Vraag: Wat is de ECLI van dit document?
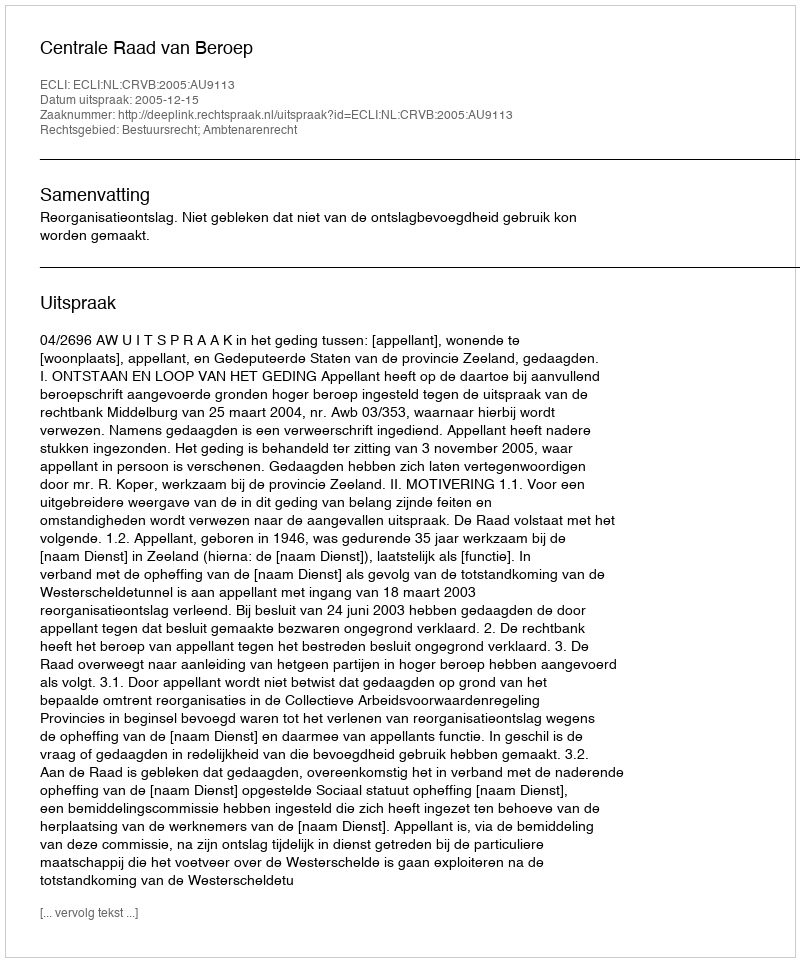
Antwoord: ECLI:NL:CRVB:2005:AU9113